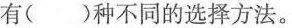
有()种不同的选择方法。